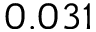
0 . 0 3 1